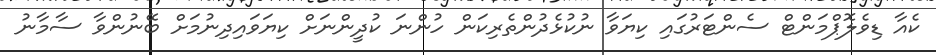
ކެއާ ޑިވެލޮޕްމަންޓް ސެންޓަރުގައި ކިޔަވާ ނުކުޅެދުންތެރިކަން ހުންނަ ކުދީންނަށް ކިޔަވައިދިނުމަށް ބޭނުންވާ ސާމާނު